Veterinary [1916] -
Year: 1916
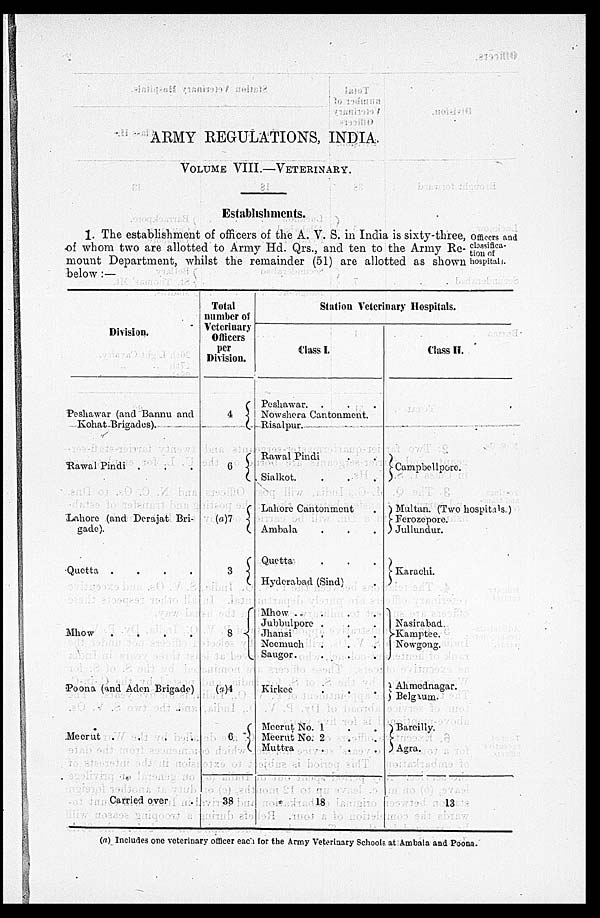
ARMY REGULATIONS, INDIA.
VOLUME VIII.—VETERINARY.
Establishments.
Officers and
classifica-
tion of
hospitals.
1. The establishment of officers of the A. V. S. in India is sixty-three,
of whom two are allotted to Army Hd. Qrs., and ten to the Army Re-
mount Department, whilst the remainder (51) are allotted as shown
below :—
Division.
Peshawar (and Bannu and
Kohat Brigades).
Rawal Pindi . . .
Lahore (and Derajat Bri-
gade).
Quetta
.
.
.
.
Mhow
.
.
.
.
Poona (and Aden Brigade)
Meerut .
.
.
.
Carried over
Total
number of
Veterinary
Officers
per
Division.
4
6
(a)7
3
8
(a)4
6
38
Station Veterinary Hospitals.
Class I.
Peshawar. . . .
Nowshera Cantonment.
Risalpur.
Rawal Pindi .
Sialkot. . .
Lahore
Cantonment .
Ambala . .
Quetta . . .
Hyderabad (Sind) .
Mhow . . .
Jubbulpore . . .
Jhansi . . .
Neemuch . . .
Saugor. . . .
Kirkee . .
Meerut No. 1 . .
Meerut No. 2 . .
Muttra . . .
18
Class II.
Campbellpore.
Multan. (Two hospitals.)
Ferozepore.
Jullundur.
Karachi.
Nasirabad
Kamptee.
Nowgong.
Ahmednagar.
Belgaum.
Bareilly.
Agra.
13
(a) Includes one veterinary officer each for the Army Veterinary Schools at Ambala and Poona.